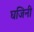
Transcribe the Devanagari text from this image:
घजिनी